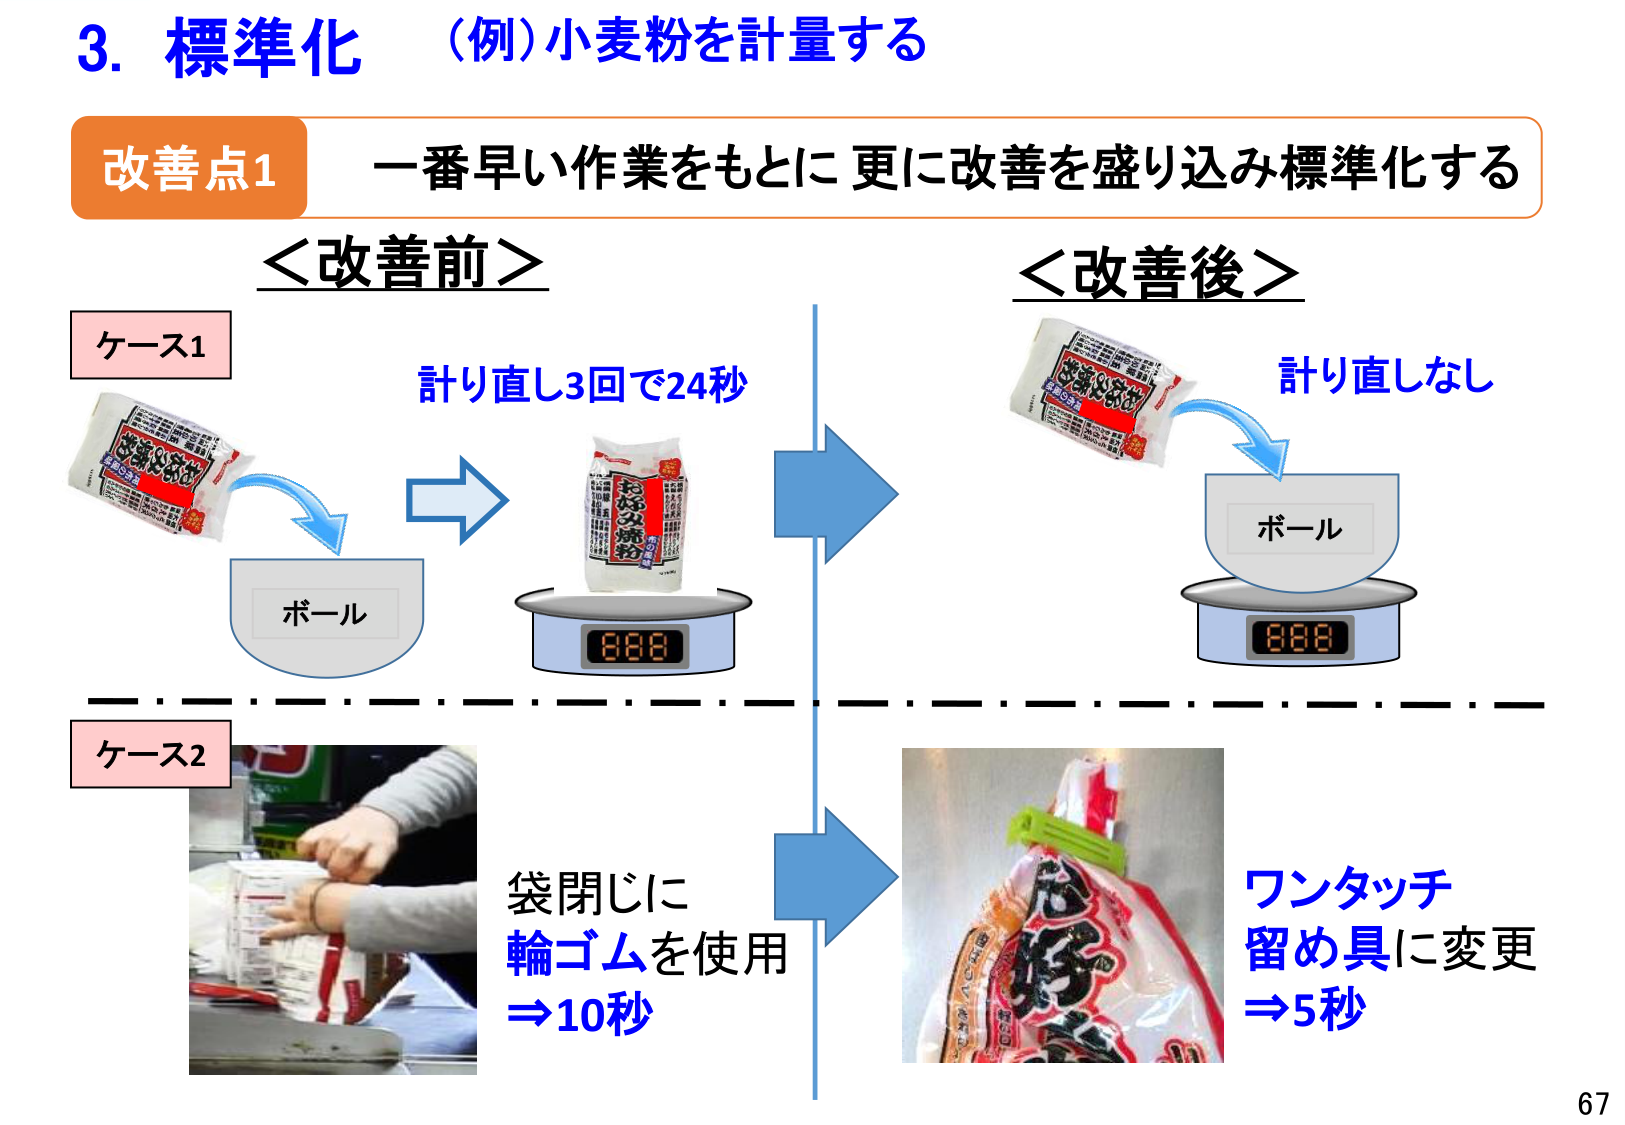
3. 標準化 （例）小麦粉を計量する
改善点1 一番早い作業をもとに 更に改善を盛り込み標準化する
＜改善前＞
ケース1
計り直し3回で24秒
ボール
＜改善後＞
計り直しなし
ボール
ケース2
袋閉じに
輪ゴムを使用
⇒10秒
ワンタッチ
留め具に変更
⇒5秒
67